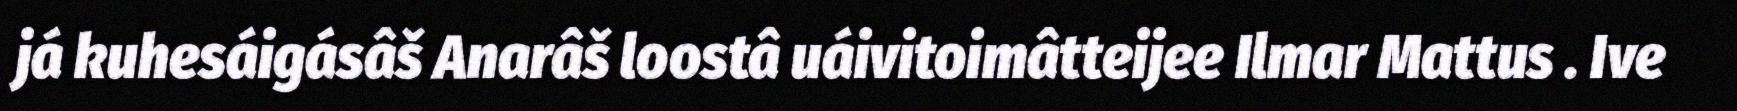
já kuhesáigásâš Anarâš loostâ uáivitoimâtteijee Ilmar Mattus . Ive